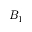
B _ { 1 }